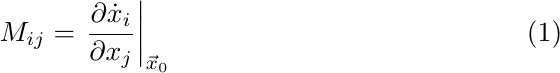
\begin{equation} \label{eq:community-def}
    M_{ij} = \left.\frac{\partial \dot x_i}{\partial x_j}\right|_{\vec x_0}
\end{equation}